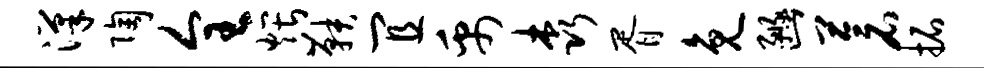
汉陶全煨鞅宜禹森胥免豳苍拓